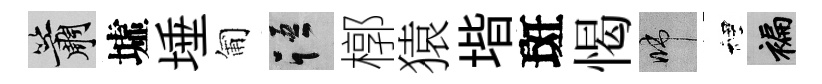
簫墟埵匍語槨猿堦斑愒啼裡褊